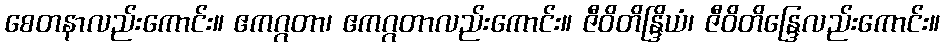
စေတနာလည်းကောင်း။ ဧကဂ္ဂတာ၊ ဧကဂ္ဂတာလည်းကောင်း။ ဇီဝိတိန္ဒြိယံ၊ ဇီဝိတိန္ဒြေလည်းကောင်း။